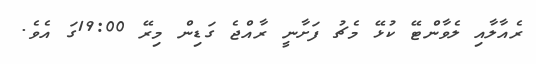
ރެއާލާއި ލެވާންޓޭ ކުޅޭ މެޗު ފަށާނީ ރާއްޖެ ގަޑިން މިރޭ 19:00ގަ އެވެ.